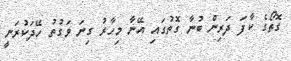
ގޮތޯގެ ކާފަ ދަރިން ބުނާ ގޮތުގައި އޭނާ މިހާރު ގިނަ ވަގުތު ހޭދަކުރަނީ